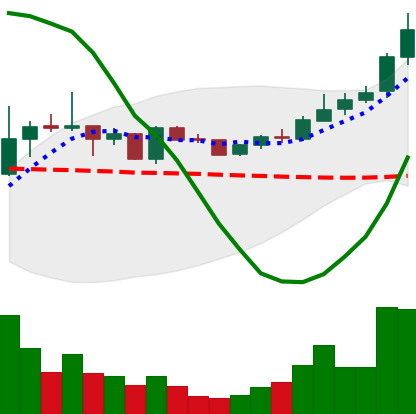
Ticker: TRX-USD
Chart end date: 2019-01-09
Forward return: -9.666%
Label: down_7plus